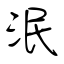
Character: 泯